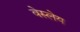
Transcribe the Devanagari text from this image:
वेस्लेय